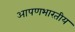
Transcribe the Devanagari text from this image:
आपणभारतीय